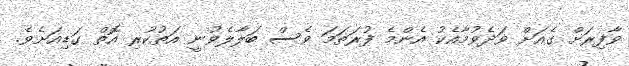
ވާފިރަށް ގެއަށް ވަދެވުމާއެކު އެންމެ ފުރަތަމަ ވެސް ބަލާލެވުނީ އަތުކުރި އޮތް ގަޑިއަށެވެ.